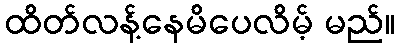
ထိတ်လန့်နေမိပေလိမ့် မည်။